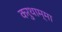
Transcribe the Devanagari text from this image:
करुथाम्मा